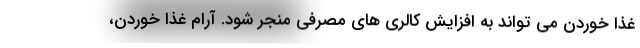
غذا خوردن می تواند به افزایش کالری های مصرفی منجر شود. آرام غذا خوردن،